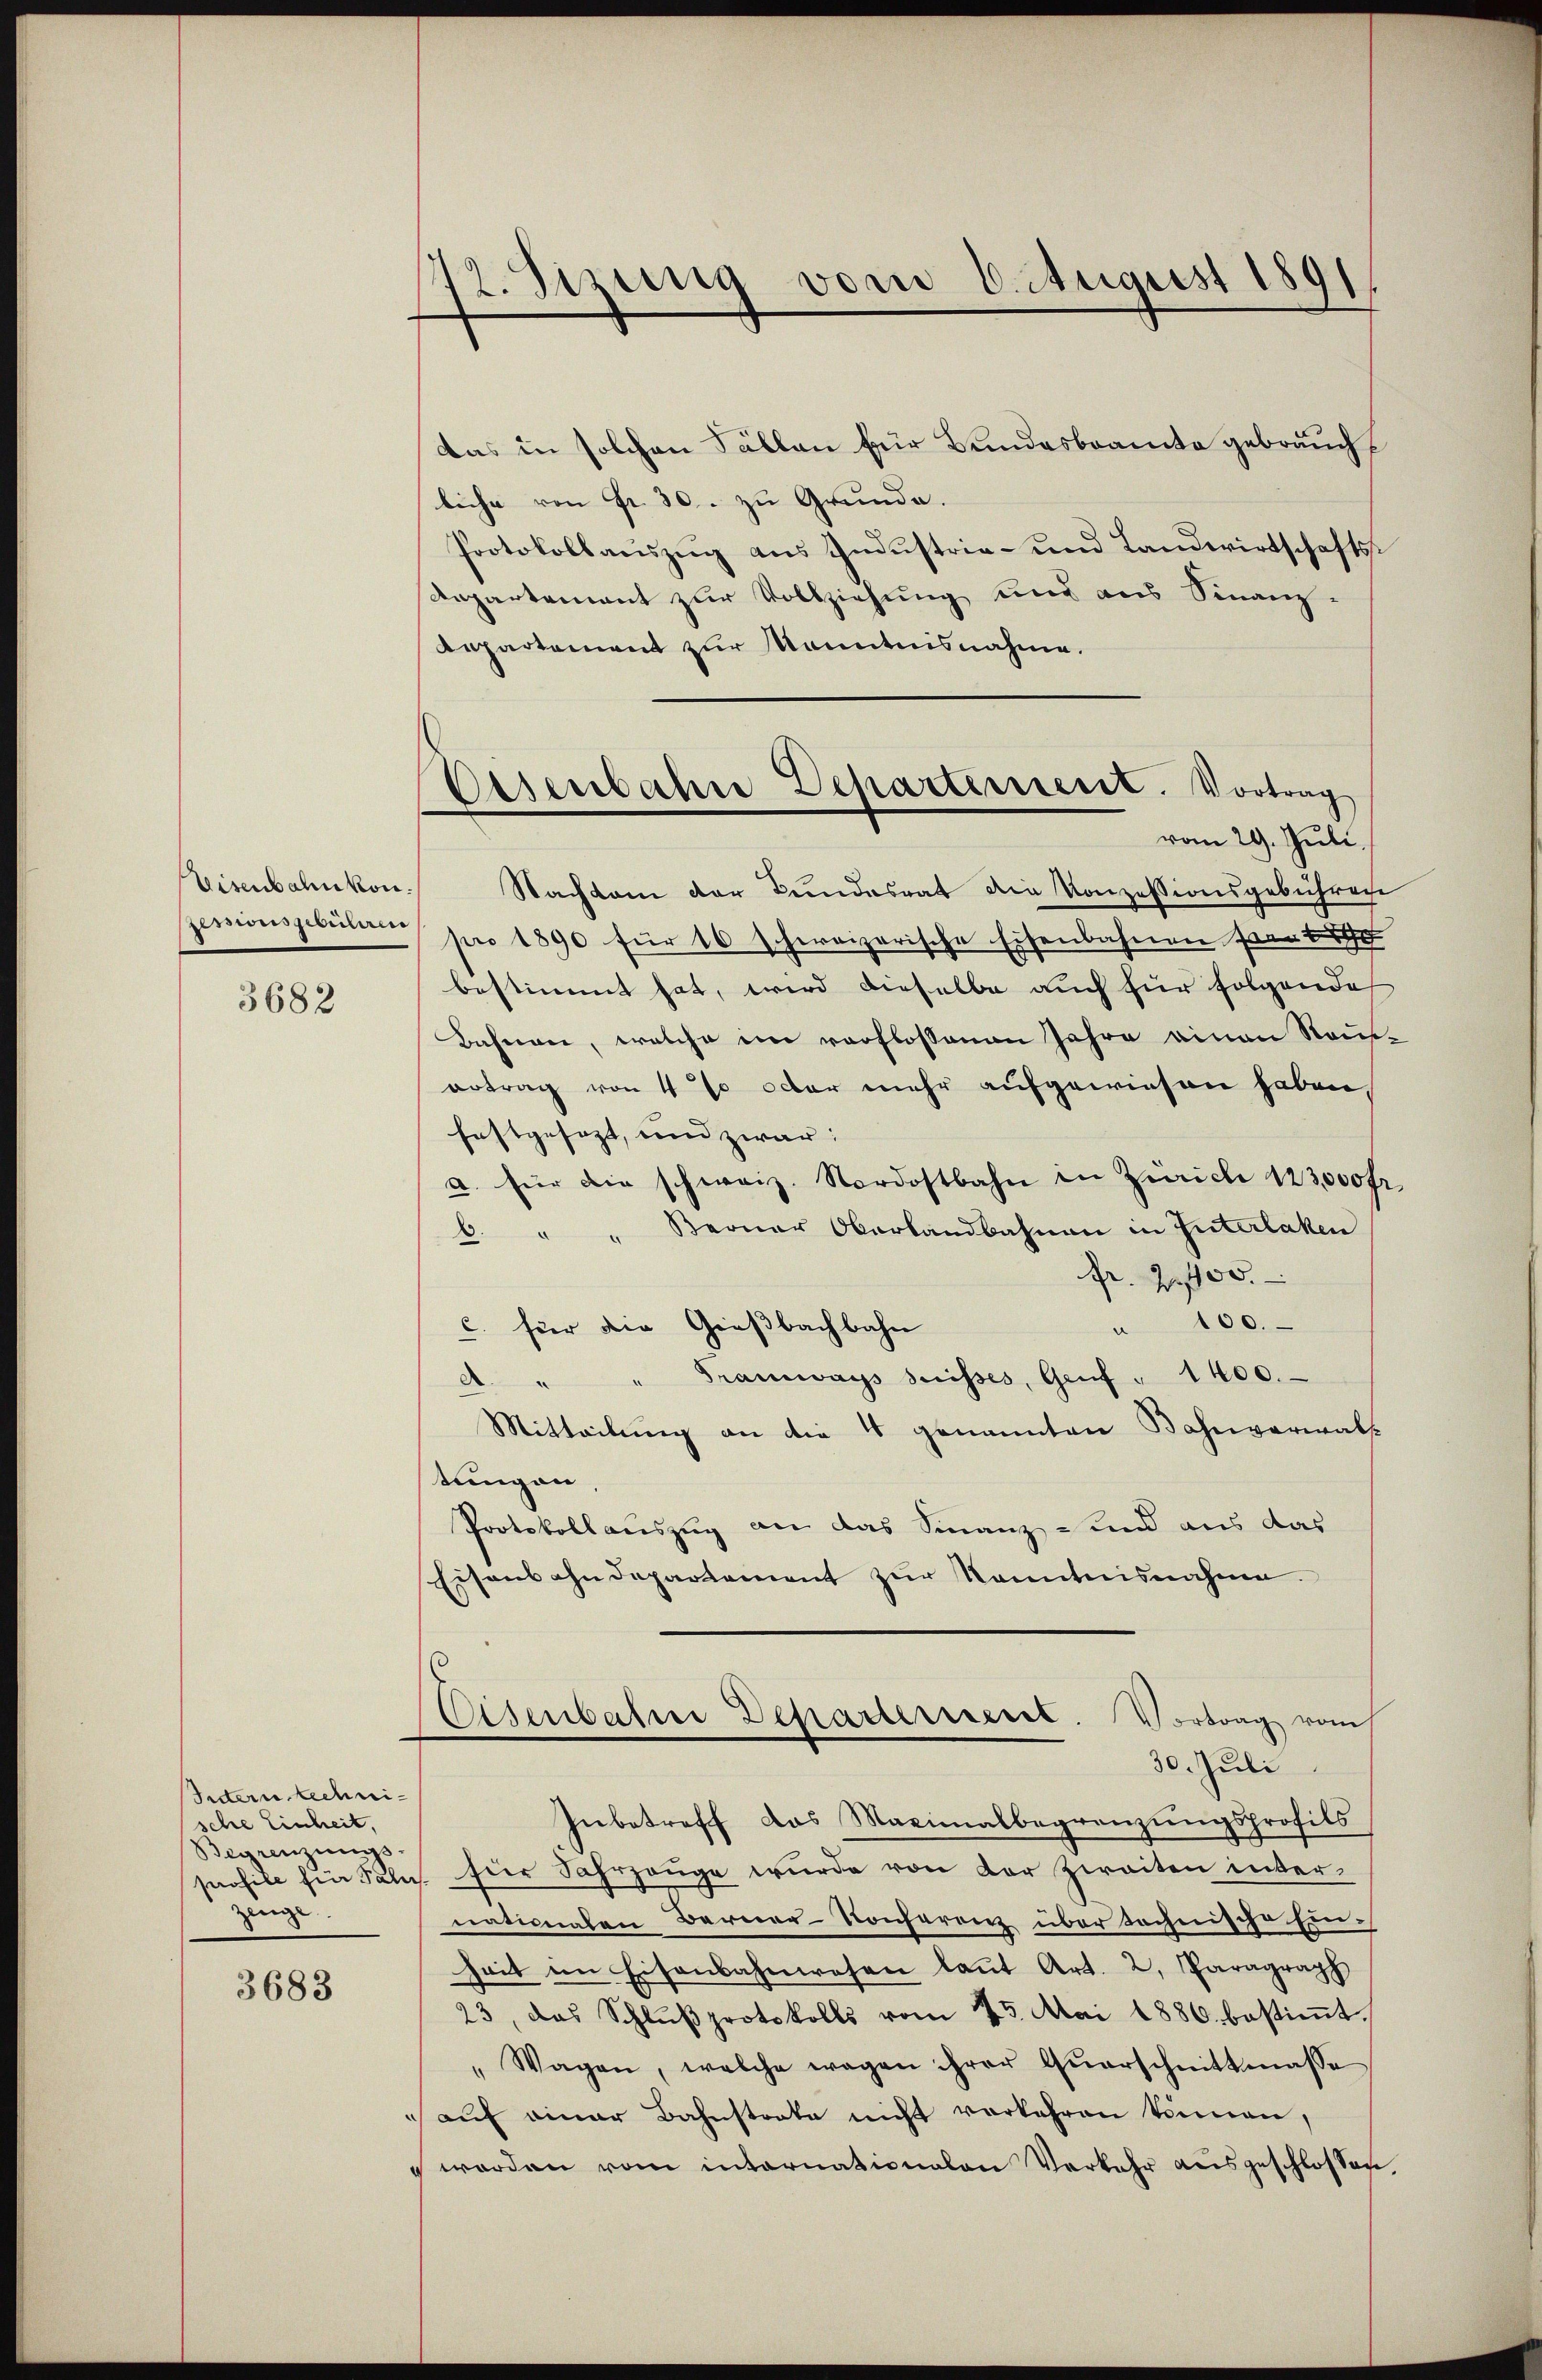
3682

Intern technische Einheit,
Begrenzungs
Zeuge

3683

42. Sizung vom 6. August 1891
.

Das in solchen Fällen für Bundesbeamte gebrauchliche von Fr. 30. zu Grunde.
Protokollauszug aus Industria- und Landwirtschafts-
Anpartement zur Vollziehung und aus Finanz-
Repartement zur Kenntnisnahme.
isenbahnkon. Nachdem der Bundesrat die Konzessionsgebühren
zessionsgebenen pro 1890 für 16 schweizerische Eisenbahnen sei
bestimmt hat, wird dieselbe auch für folgende
Bahnen, welche ein verflossenen Jahre einen Rauertrag von 4 % octor mehr aufgewiesen haben,
festgesezt, und zwar:
a. für die schweiz. Nordostbahn in Zürich 123000fr
C. " " Berner Oberlandbahnen in Interlaken
Fr. 2000.
" 100.
C. für die Gießbachbahn
Franzwags suisses, Genf " 1400.
d
Mitteilung an die 4 genannten Bahnverwalt
tungen
Protokollauszug an das Finanz- und aus das
Eisenbahndepartement zur Kenntnisnahme.
Eisenbahrer Departerrent. Vortrag vom
30. Juli
Inbetreff das Maximalbegrenzungsprofils
suofile für Fala, für Fahrzeuge wurde von der Zweiten inter-
nationalen Berner-Konferenz über tochnische Einhait im Eisenbahnwesen laŭt Art. 2, Paragraph
23, das Schlŭβprotokolls vom 25. Mai 1880. bestiṁt.
"Wagen, welche wegen ihrer Qŭarschnittmasse
auf einer Bahnstrate nicht verkehren können,
 werden vom internationalen Verkehr ausgeschlossen,

Eisenbahre Departement. Vortrag
vom 29. Juli.